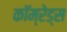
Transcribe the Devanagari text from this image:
कॉम्रेड्स